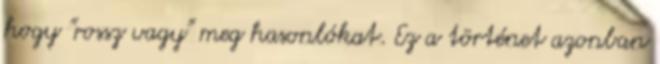
hogy "rossz vagy" meg hasonlókat. Ez a történet azonban